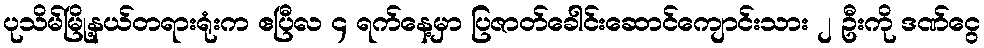
ပုသိမ်မြို့နယ်တရားရုံးက ဧပြီလ ၄ ရက်နေ့မှာ ပြဇာတ်ခေါင်းဆောင်ကျောင်းသား ၂ ဦးကို ဒဏ်ငွေ